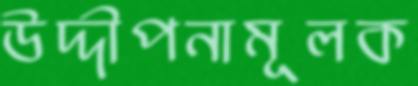
উদ্দীপনামূলক